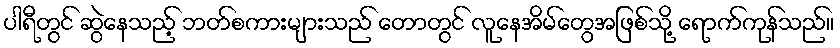
ပါရီတွင် ဆွဲနေသည့် ဘတ်စကားများသည် တောတွင် လူနေအိမ်တွေအဖြစ်သို့ ရောက်ကုန်သည်။